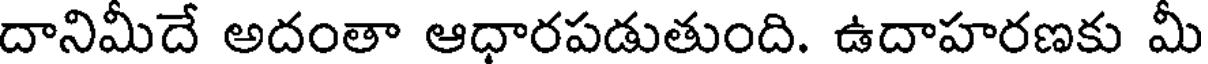
దానిమీదే అదంతా ఆధారపడుతుంది. ఉదాహరణకు మీ